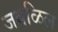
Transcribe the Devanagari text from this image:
जवळिल